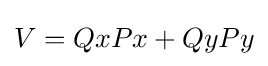
V=QxPx+QyPy